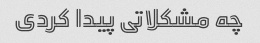
چه مشکلاتی پیدا کردی